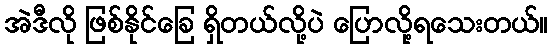
အဲဒီလို ဖြစ်နိုင်ခြေ ရှိတယ်လို့ပဲ ပြောလို့ရသေးတယ်။